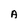
Character: A